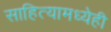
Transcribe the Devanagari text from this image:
साहित्यामध्येही